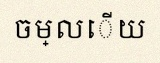
ចម្លើយ